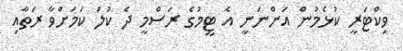
ވިކްޓަރީ ކުޅެމުން އަންނަނީ އެ ޓީމުގެ ރަސްމީ ދެ ކުލަ ކަމަށްވާ ރަތާއި